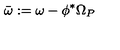
\bar { \omega } : = \omega - \phi ^ { * } \Omega _ { P }